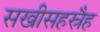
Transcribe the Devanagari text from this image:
सखीसहस्रैह